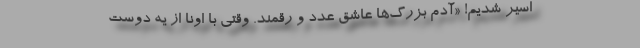
اسیر شدیم! «آدم بزرگ‌ها عاشق عدد و رقمند. وقتی با اونا از یه دوست